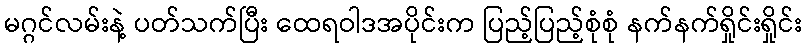
မဂ္ဂင်လမ်းနဲ့ ပတ်သက်ပြီး ထေရဝါဒအပိုင်းက ပြည့်ပြည့်စုံစုံ နက်နက်ရှိုင်းရှိုင်း